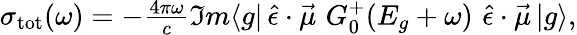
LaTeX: \begin{array}{r}{\sigma_{\mathrm{tot}}(\omega)=-\frac{4\pi\omega}{c}\Im m\langle g|\, \hat{\epsilon}\cdot\vec{\mu}\, \, G_{0}^{+}(E_{g}+\omega)\, \, \hat{\epsilon}\cdot\vec{\mu}\, |g\rangle,}\end{array}